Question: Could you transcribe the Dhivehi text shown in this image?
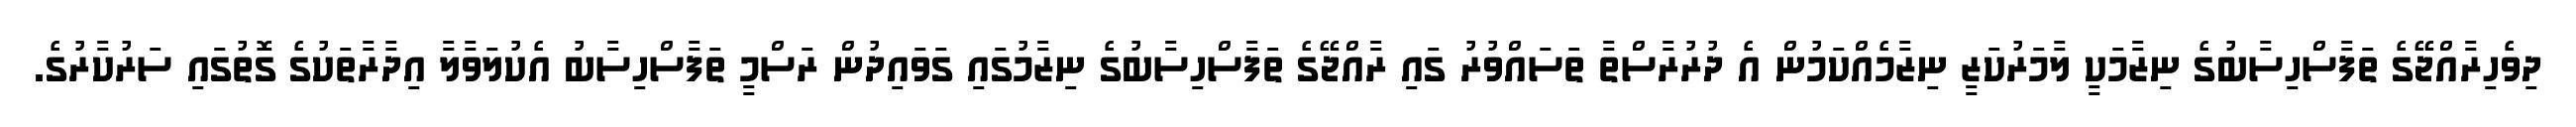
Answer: ދިވެހިރާއްޖޭގެ ތަފާސްހިސާބުގެ ނިޒާމަކީ ލާމަރުކަޒީ ނިޒާމެއްކަމުން އެ ދުރުރާސްތާ ތަސައްވުރު ގައި ރާއްޖޭގެ ތަފާސްހިސާބުގެ ނިޒާމުގައި ގަވައިދުން ރަސްމީ ތަފާސްހިސާބު އެކުލަވާލާ އިދާރާތަކުގެ ގޮތުގައި ސަރުކާރުގެ.